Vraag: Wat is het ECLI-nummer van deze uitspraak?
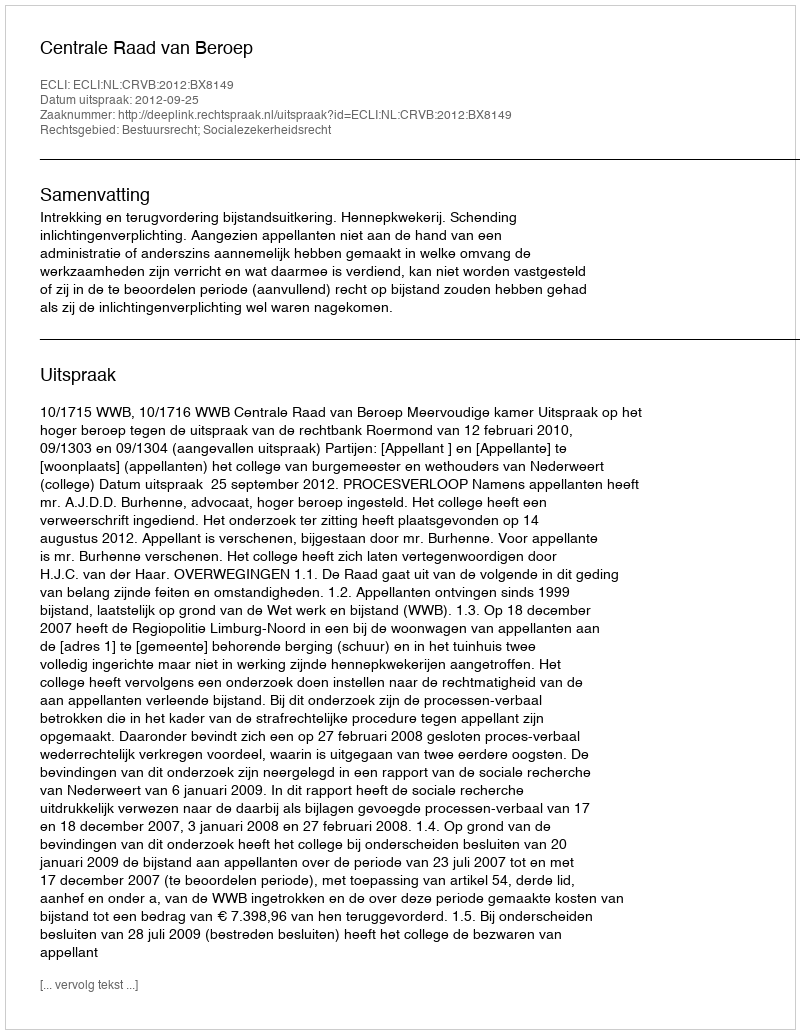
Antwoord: ECLI:NL:CRVB:2012:BX8149